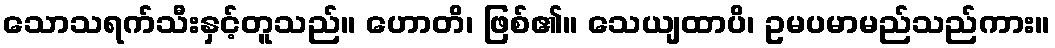
သောသရက်သီးနှင့်တူသည်။ ဟောတိ၊ ဖြစ်၏။ သေယျထာပိ၊ ဥမပမာမည်သည်ကား။